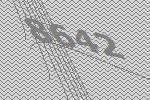
8642